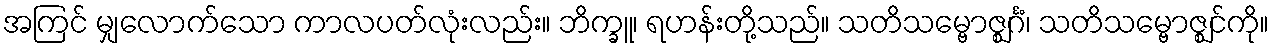
အကြင် မျှလောက်သော ကာလပတ်လုံးလည်း။ ဘိက္ခူ၊ ရဟန်းတို့သည်။ သတိသမ္ဗောဇ္ဈင်္ဂံ၊ သတိသမ္ဗောဇ္ဈင်ကို။